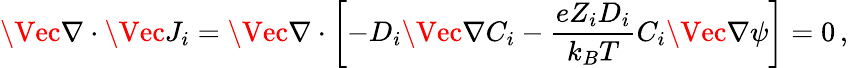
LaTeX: \Vec{\nabla}\cdot\Vec{J_{i}}=\Vec{\nabla}\cdot\left[-D_{i}\Vec{\nabla}C_{i}-\frac{eZ_{i}D_{i}}{k_{B}T}C_{i}\Vec{\nabla}\psi\right]=0\, ,